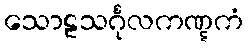
သောဠသင်္ဂုလကဏ္ဋကံ